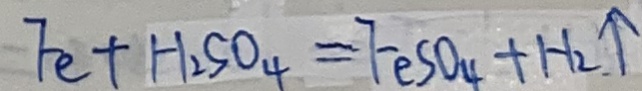
F e + H _ { 2 } S O _ { 4 } = F e S O _ { 4 } + H _ { 2 } \uparrow